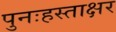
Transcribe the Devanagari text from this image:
पुनःहस्ताक्षर